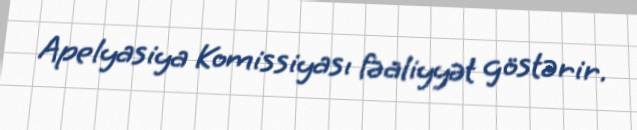
Apelyasiya Komissiyası fəaliyyət göstərir.